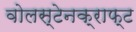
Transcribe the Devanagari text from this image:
वोलस्टेनक्राफ्ट